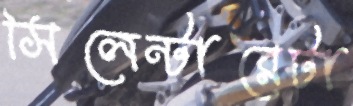
সিলেন্টারেটা